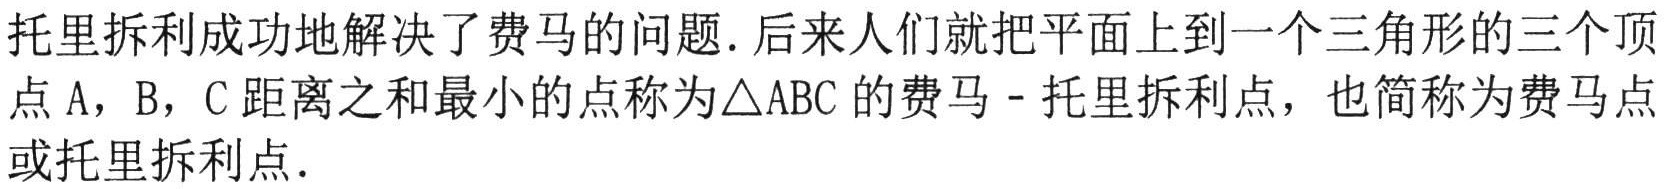
托里拆利成功地解决了费马的问题.后来人们就把平面上到一个三角形的三个顶点\(A\)，\(B\)，\(C\)距离之和最小的点称为\(\triangle ABC\)的费马 - 托里拆利点，也简称为费马点或托里拆利点.